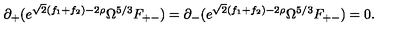
\partial _ { + } ( e ^ { \sqrt { 2 } ( f _ { 1 } + f _ { 2 } ) - 2 \rho } \Omega ^ { 5 / 3 } F _ { + - } ) = \partial _ { - } ( e ^ { \sqrt { 2 } ( f _ { 1 } + f _ { 2 } ) - 2 \rho } \Omega ^ { 5 / 3 } F _ { + - } ) = 0 .